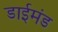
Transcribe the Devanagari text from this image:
डाईमंड